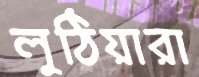
লুঠিয়ারা